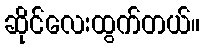
ဆိုင်လေးထွက်တယ်။